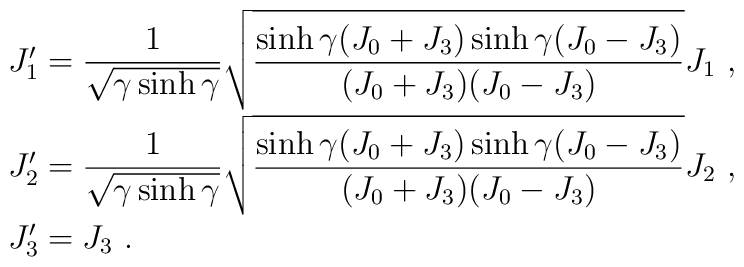
\begin{array}{l}J_1^\prime=\displaystyle\frac{1}{\sqrt{\gamma\sinh\gamma}}\sqrt{\displaystyle\frac{\sinh\gamma(J_0+J_3)\sinh\gamma(J_0-J_3)}                        {(J_0+J_3)(J_0-J_3)}}J_1~,\\[4mm]J_2^\prime=\displaystyle\frac{1}{\sqrt{\gamma\sinh\gamma}}\sqrt{\displaystyle\frac{\sinh\gamma(J_0+J_3)\sinh\gamma(J_0-J_3)}                        {(J_0+J_3)(J_0-J_3)}}J_2~,\\[4mm]J_3^\prime=J_3~.\end{array}